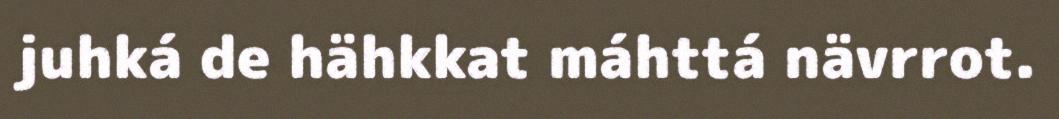
juhká de hähkkat máhttá nävrrot.